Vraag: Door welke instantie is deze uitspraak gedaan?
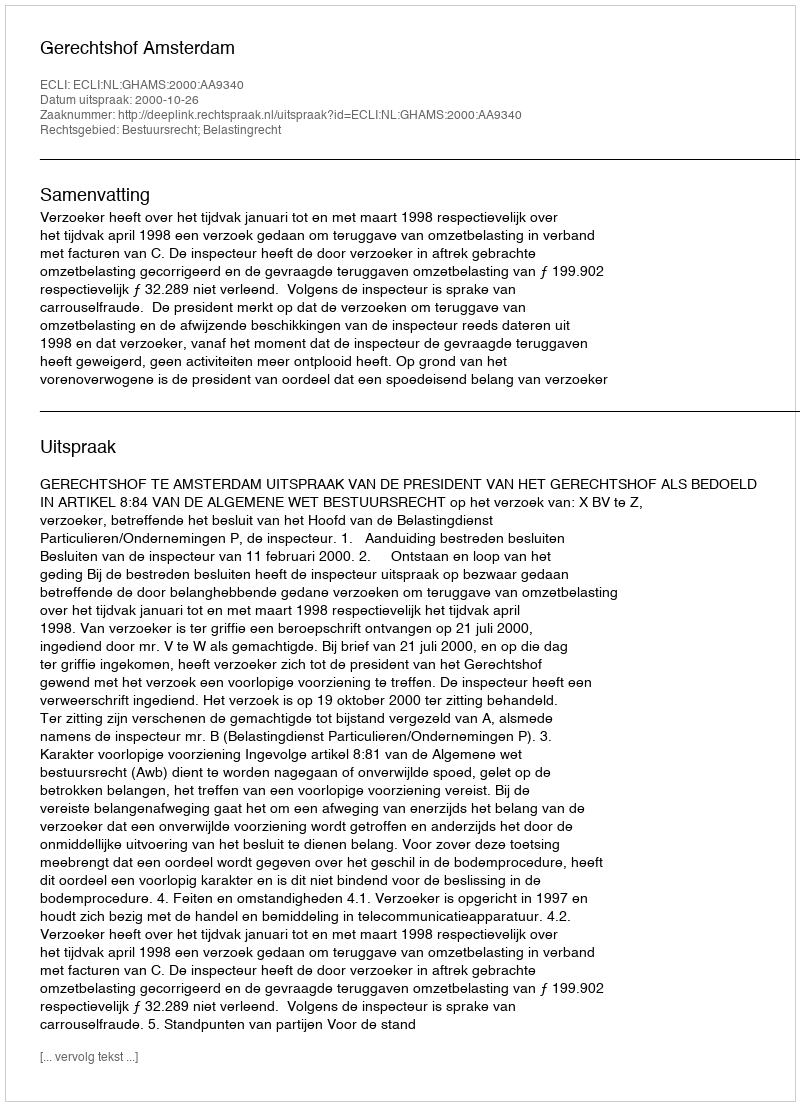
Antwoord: Gerechtshof Amsterdam